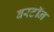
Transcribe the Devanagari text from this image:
बरटॉन